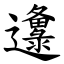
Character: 邍